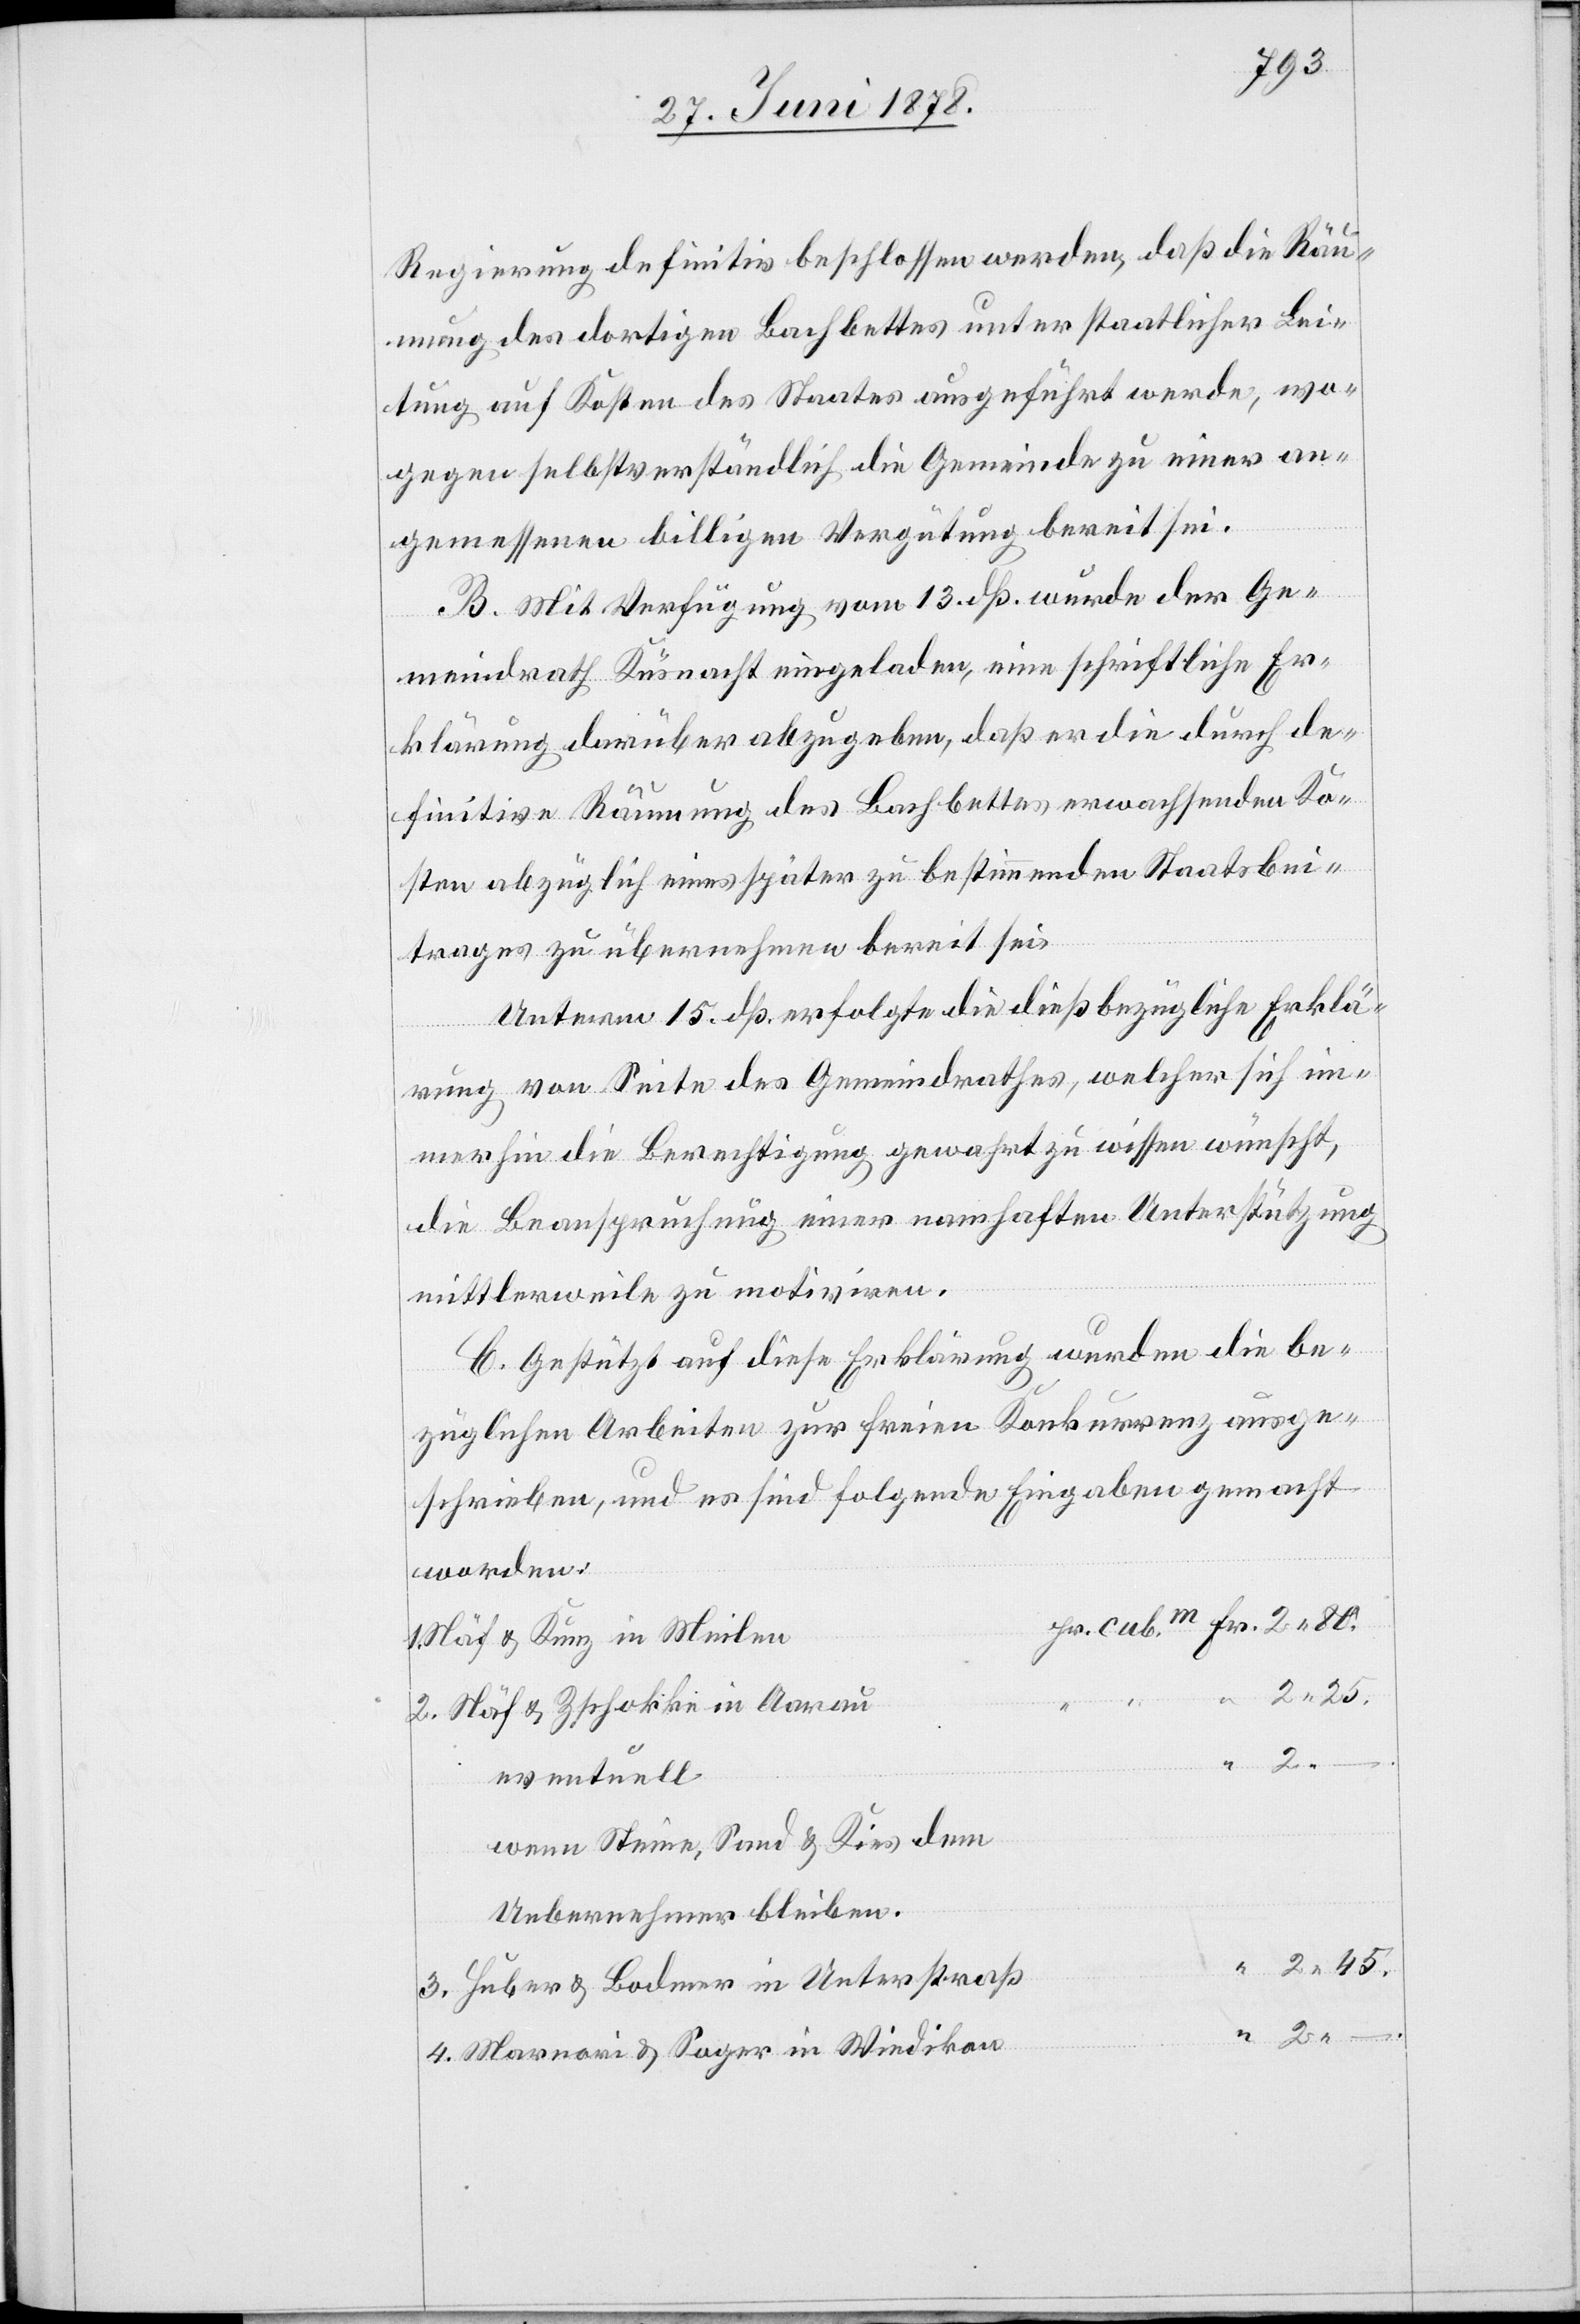
Regierung definitiv beschlossen werden, daß die Räu¬
mung des dortigen Bachbettes unter staatlicher Lei¬
tung auf Kosten des Staates ausgeführt werde, wo¬
gegen selbstverständlich die Gemeinde zu einer an¬
gemessenen billigen Vergütung bereit sei.
B. Mit Verfügung vom 13. dß. wurde der Ge¬
meindrath Küsnacht eingeladen, eine schriftliche Er¬
klärung darüber abzugeben, daß er die durch de¬
finitive Räumung des Bachbettes erwachsenden Ko¬
sten abzüglich eines später zu bestimmenden Staatsbei¬
trages zu übernehmen bereit sei.
Unterm 15. dß. erfolgte die dießbezügliche Erklä¬
rung von Seite des Gemeindrathes, welche sich im¬
merhin die Berechtigung gewahrt zu wissen wünscht,
die Beanspruchung einer namhaften Unterstützung
mittlerweile zu motiviren.
C. Gestützt auf diese Erklärung wurden die be¬
züglichen Arbeiten zur freien Konkurrenz ausge¬
schrieben, und es sind folgende Eingaben gemacht
worden:
Näf & Kunz in Meilen
2. Näf & Zschokke in Aarau
2. – .
eventuell
wenn Steine, Sand & Kies dem
Uebernehmer bleiben.
3. Huber & Bodmer in Unterstraß
4. Marnori & Soger in Wiedikon